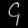
Digit: ၄